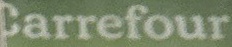
Carrefour